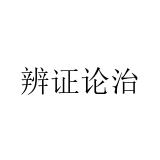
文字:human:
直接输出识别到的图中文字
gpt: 辨证论治